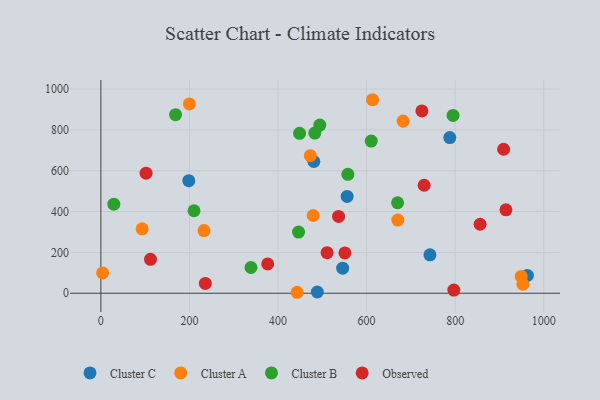
{"axis": {"x": "Study Hours", "y": "Sales"}, "legend": ["Cluster A", "Cluster B", "Cluster C", "Observed"], "data": [{"x": "546.0", "y": 122.7, "type": "Cluster C"}, {"x": "480.9", "y": 645.2, "type": "Cluster C"}, {"x": "743.1", "y": 188.3, "type": "Cluster C"}, {"x": "963.1", "y": 87.5, "type": "Cluster C"}, {"x": "556.1", "y": 474.3, "type": "Cluster C"}, {"x": "198.6", "y": 551.3, "type": "Cluster C"}, {"x": "488.8", "y": 6.1, "type": "Cluster C"}, {"x": "787.9", "y": 762.2, "type": "Cluster C"}, {"x": "953.0", "y": 44.0, "type": "Cluster A"}, {"x": "4.0", "y": 99.4, "type": "Cluster A"}, {"x": "93.3", "y": 315.3, "type": "Cluster A"}, {"x": "479.5", "y": 380.8, "type": "Cluster A"}, {"x": "473.0", "y": 673.9, "type": "Cluster A"}, {"x": "233.0", "y": 306.9, "type": "Cluster A"}, {"x": "670.5", "y": 358.4, "type": "Cluster A"}, {"x": "443.3", "y": 4.8, "type": "Cluster A"}, {"x": "682.6", "y": 843.1, "type": "Cluster A"}, {"x": "949.2", "y": 82.6, "type": "Cluster A"}, {"x": "613.5", "y": 947.7, "type": "Cluster A"}, {"x": "199.9", "y": 927.3, "type": "Cluster A"}, {"x": "795.3", "y": 870.6, "type": "Cluster B"}, {"x": "448.7", "y": 783.4, "type": "Cluster B"}, {"x": "210.4", "y": 404.0, "type": "Cluster B"}, {"x": "494.4", "y": 823.5, "type": "Cluster B"}, {"x": "557.8", "y": 582.5, "type": "Cluster B"}, {"x": "446.4", "y": 299.6, "type": "Cluster B"}, {"x": "610.6", "y": 745.3, "type": "Cluster B"}, {"x": "670.0", "y": 443.3, "type": "Cluster B"}, {"x": "483.2", "y": 784.2, "type": "Cluster B"}, {"x": "339.0", "y": 126.2, "type": "Cluster B"}, {"x": "29.3", "y": 436.2, "type": "Cluster B"}, {"x": "168.7", "y": 874.3, "type": "Cluster B"}, {"x": "730.0", "y": 528.9, "type": "Observed"}, {"x": "112.1", "y": 166.3, "type": "Observed"}, {"x": "551.1", "y": 197.6, "type": "Observed"}, {"x": "510.8", "y": 198.5, "type": "Observed"}, {"x": "914.7", "y": 408.4, "type": "Observed"}, {"x": "909.5", "y": 705.2, "type": "Observed"}, {"x": "797.0", "y": 15.5, "type": "Observed"}, {"x": "235.9", "y": 48.3, "type": "Observed"}, {"x": "856.3", "y": 337.8, "type": "Observed"}, {"x": "536.8", "y": 376.0, "type": "Observed"}, {"x": "376.7", "y": 143.4, "type": "Observed"}, {"x": "724.9", "y": 892.9, "type": "Observed"}, {"x": "102.1", "y": 587.8, "type": "Observed"}]}